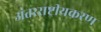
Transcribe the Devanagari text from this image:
अंतरराष्ट्रीयकरण